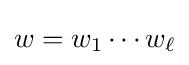
w=w_{1}\cdots w_{\ell }